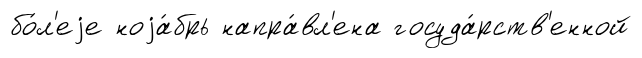
бо́л'еjе ноjа́брь напра́вл'ена госуда́рств'енной